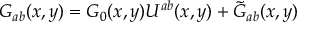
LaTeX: G _ { a b } ( x , y ) = G _ { 0 } ( x , y ) U ^ { a b } ( x , y ) + \tilde { G } _ { a b } ( x , y )